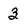
Character: 3